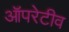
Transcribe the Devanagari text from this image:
ऑपरेटीव